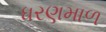
ધરણમાળ